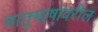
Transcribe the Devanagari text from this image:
मातृभाषांवरील